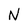
Character: N